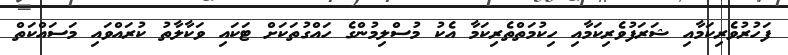
ފަހުރުވެރިކަމާއި ޝަރަފުވެރިކަމާއި ހިކުމަތްތެރިކަމާ އެކު މުސްލިމުންގެ ހައްގުތަކަށް ޓަކައި ވަކާލާތު ކުރައްވައި މަސައްކަތް